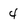
Character: 4